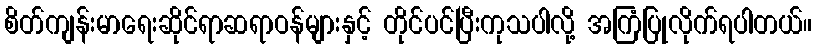
စိတ်ကျန်းမာရေးဆိုင်ရာဆရာဝန်များနှင့် တိုင်ပင်ပြီးကုသပါလို့ အကြံပြုလိုက်ရပါတယ်။